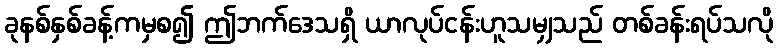
ခုနစ်နှစ်ခန့်ကမှစ၍ ဤဘက်ဒေသရှိ ယာလုပ်ငန်းဟူသမျှသည် တစ်ခန်းရပ်သလို